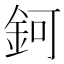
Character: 鈳